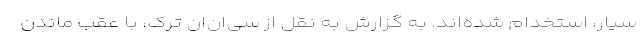
سیار، استخدام شده‌اند. به گزارش به نقل از سی‌ان‌ان ترک، با عقب ماندن